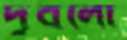
দুবলো